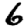
Digit: 6